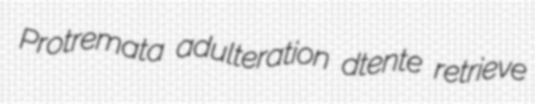
Protremata adulteration dtente retrieve